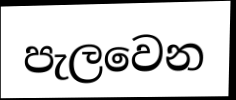
පැලවෙන